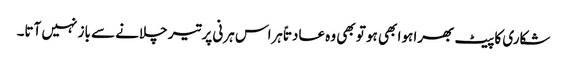
شکاری کا پیٹ بھرا ہوا بھی ہو تو بھی وہ عادتاً ہراس ہرنی پر تیر چلانے سے باز نہیں آتا۔